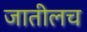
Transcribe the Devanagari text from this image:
जातीलच